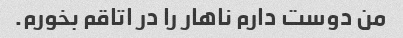
من دوست دارم ناهار را در اتاقم بخورم.